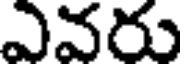
ఎవరు